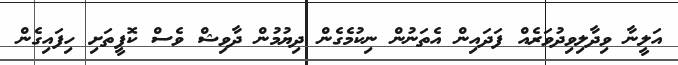
އަލީނާ ވިދާލިވިދުވަރެއް ފަދައިން އެތަނުން ނިކުމެގެން ދިޔުމުން ދާވިޝް ވެސް ކޮފީތަށި ހިފައިގެން